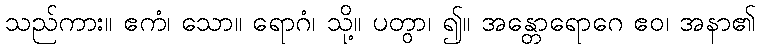
သည်ကား။ ဧကံ၊ သော။ ရောဂံ၊ သို့။ ပတွာ၊ ၍။ အန္တောရောဂေ ဧဝ၊ အနာ၏